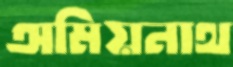
অমিয়নাথ